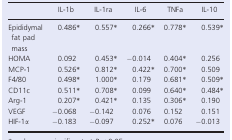
|  | IL‐1b | IL‐1ra | IL‐6 | TNFa | IL‐10 |
 | --- | --- | --- | --- | --- | --- |
 | Epididymal fat pad mass | 0.486* | 0.557* | 0.266* | 0.778* | 0.539* |
 | HOMA | 0.092 | 0.453* | −0.014 | 0.404* | 0.256 |
 | MCP‐1 | 0.526* | 0.812* | 0.422* | 0.700* | 0.509 |
 | F4/80 | 0.498* | 1.000* | 0.179 | 0.681* | 0.509* |
 | CD11c | 0.511* | 0.708* | 0.099 | 0.640* | 0.484* |
 | Arg‐1 | 0.207* | 0.421* | 0.135 | 0.306* | 0.190 |
 | VEGF | −0.068 | −0.142 | 0.076 | 0.152 | 0.151 |
 | HIF‐1α | −0.183 | −0.097 | 0.252* | 0.076 | −0.013 |